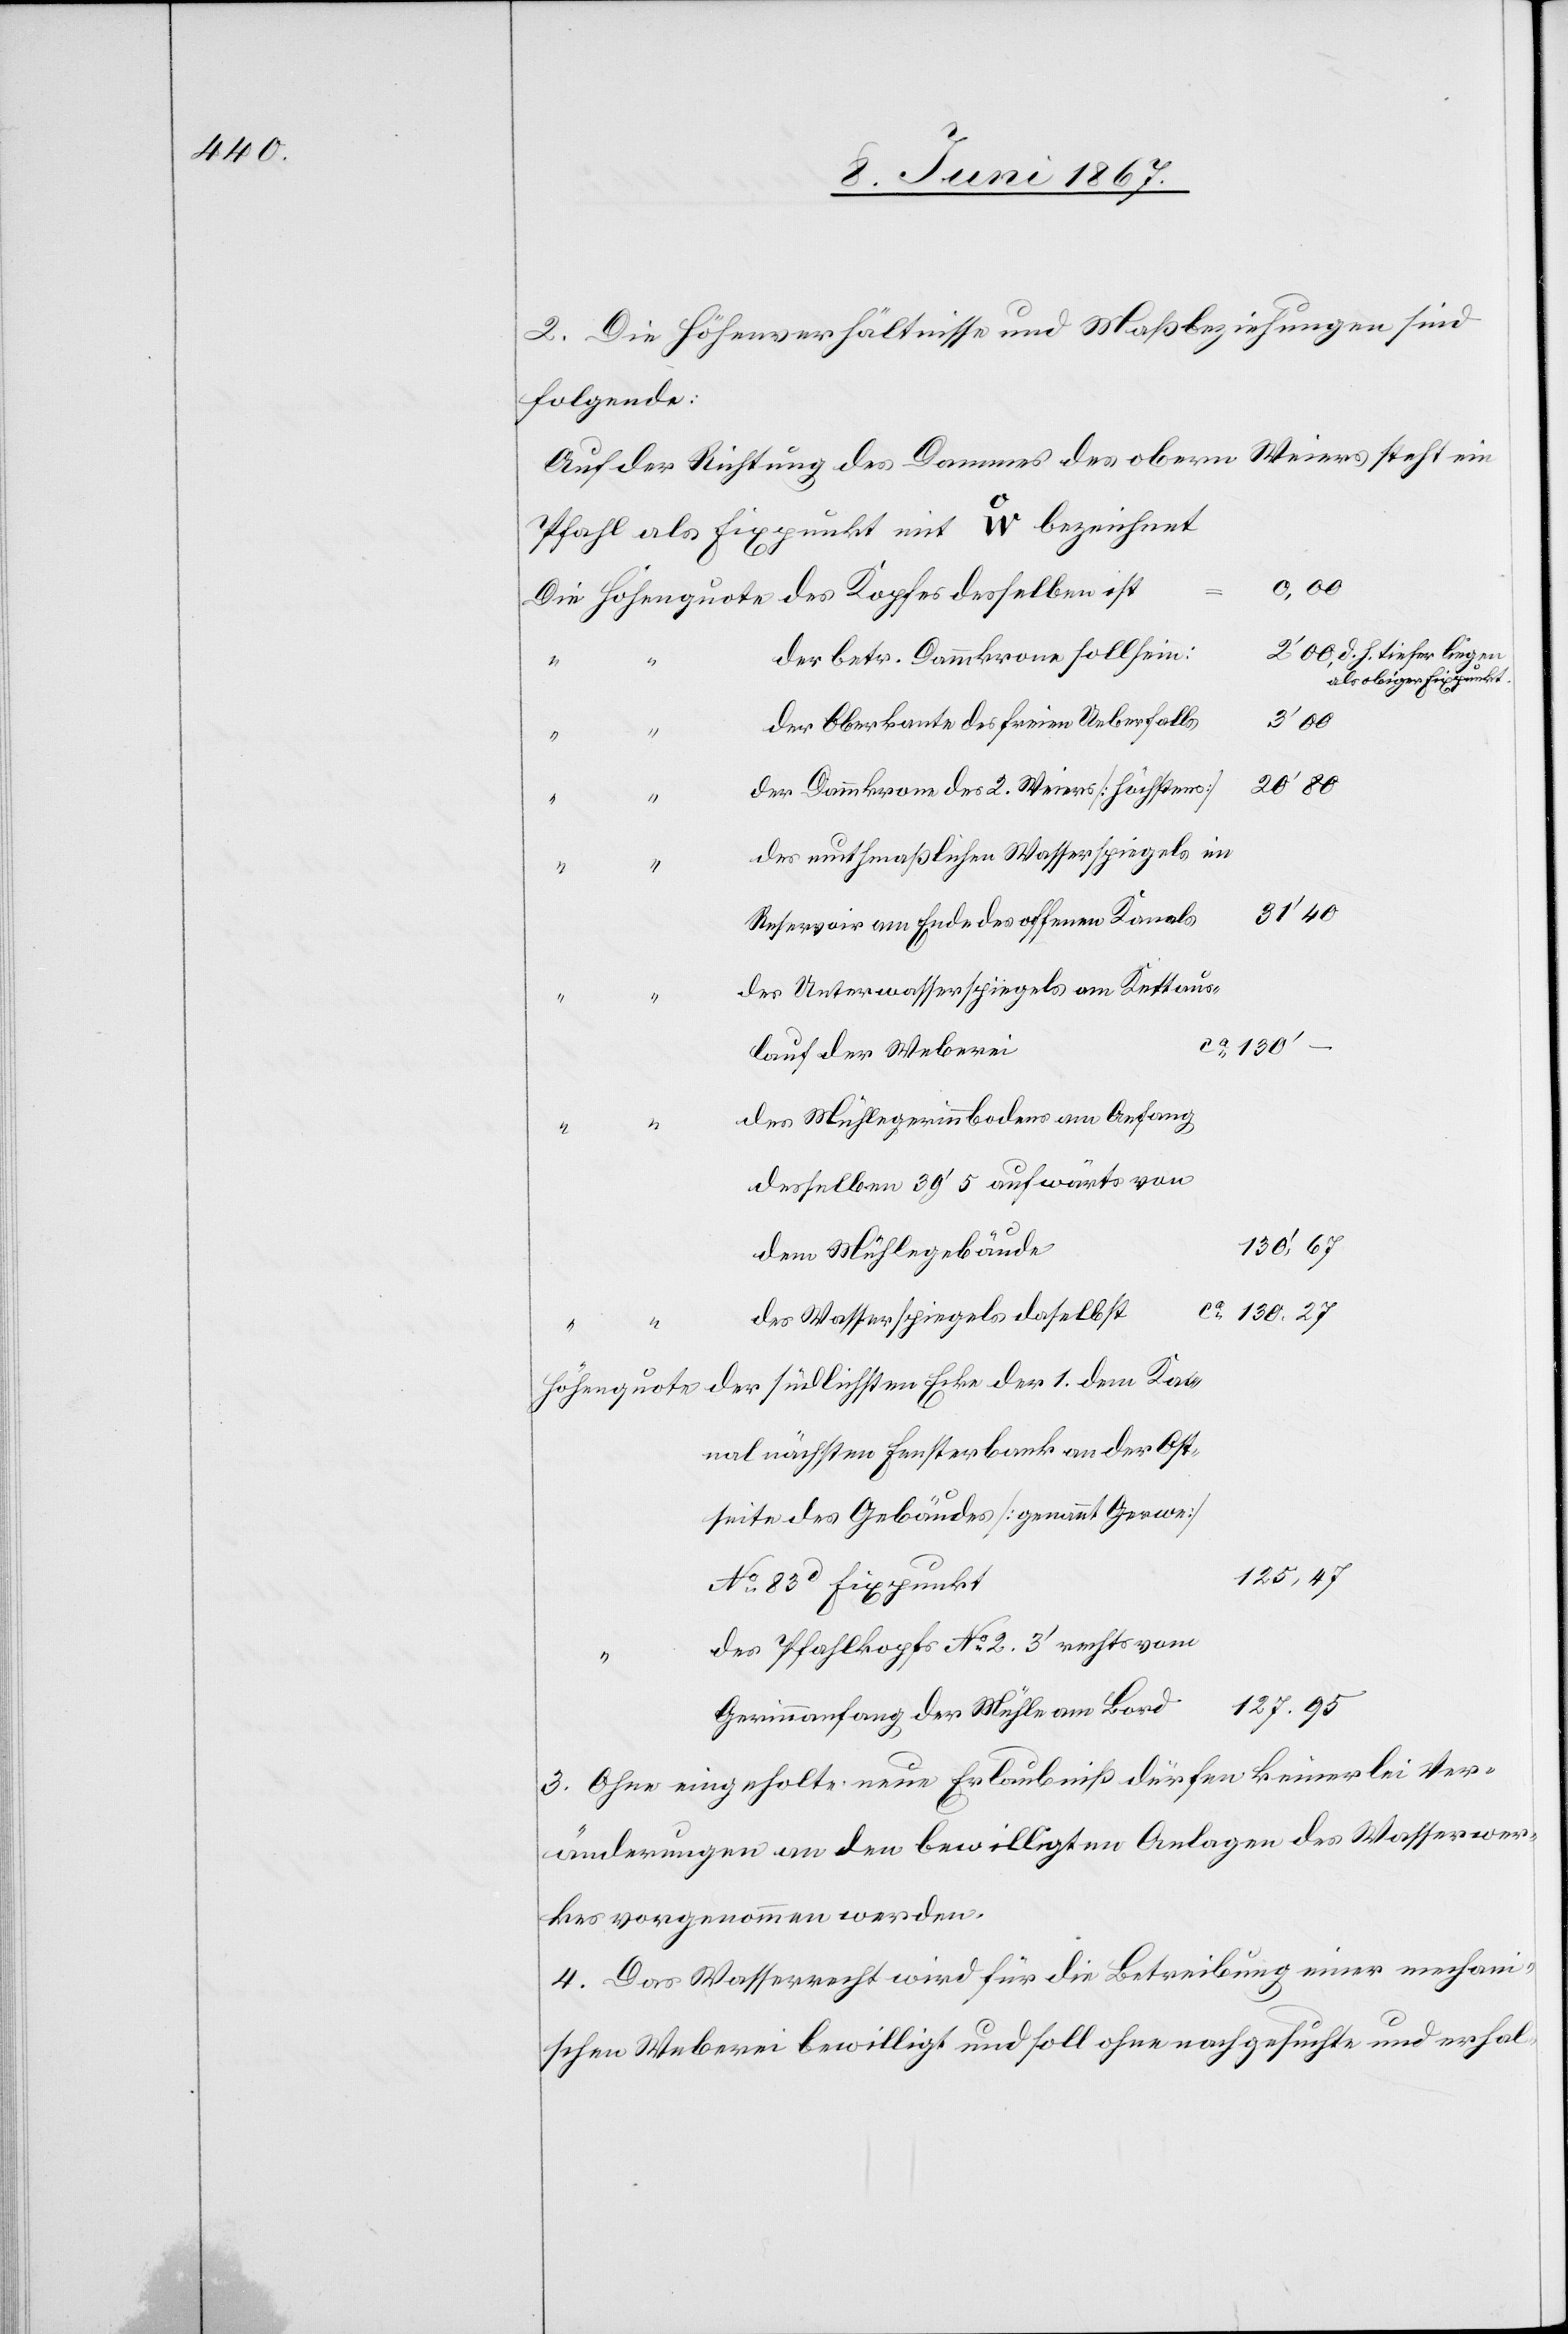
2. Die Höhenverhältnisse und Maßbeziehungen sind
folgende:
Auf der Richtung des Dammes des obern Weiers steht ein
Pfahl als Fixpunkt mit W bezeichnet.
d. h. tiefer liegen
der betr. Dammkrone soll sein:
als obiger Fixpunkt
der Oberkante des freien Ueberfalls
20’ 80
der Dammkrone des 2. Weiers [höchstens]
des muthmaßlichen Wasserspiegels im
31’ 40
Reservoir am Ende des offenen Kanals
des Unterwasserspiegels am Kettaus¬
1.
ca. 130’
lauf der Weberei
des Mühlegerinnbodens am Anfang
desselben 39’ 5 aufwärts von
130’ 67
dem Mühlegebäude
Ka¬
130. 27
des Wasserspiegels daselbst
nal nächsten Fensterbank an der Ost¬
seite des Gebäudes [genannt Gerwe]
125, 47
No. 83d Fixpunkt
des Pfahlkopfs No. 2. 3’ rechts vom
127. 95
Gerinnanfang der Mühle am Bord
3. Ohne eingeholte neue Erlaubniß dürfen keinerlei Ver¬
änderungen an den bewilligten Anlagen des Wasserwer¬
kes vorgenommen werden.
4. Das Wasserrecht wird für die Betreibung einer mechan¬
ischen Weberei bewilligt und soll ohne nachgesuchte und erhal-